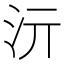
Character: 𱥳